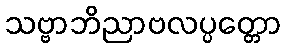
သဗ္ဗာဘိညာဗလပ္ပတ္တော